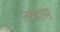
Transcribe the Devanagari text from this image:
तमाम